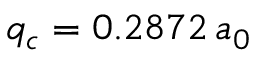
q _ { c } = 0 . 2 8 7 2 \, a _ { 0 }